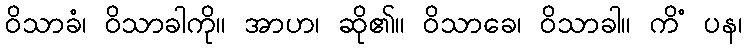
ဝိသာခံ၊ ဝိသာခါကို။ အာဟ၊ ဆို၏။ ဝိသာခေ၊ ဝိသာခါ။ ကိံ ပန၊